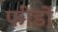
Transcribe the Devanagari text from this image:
फीडों